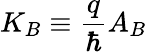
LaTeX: K_{B}\equiv\frac{q}{\hbar}A_{B}